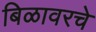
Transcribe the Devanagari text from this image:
बिळावरचे